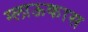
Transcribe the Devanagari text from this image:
ग्लाऊकास